Report on the Civil Veterinary Department, Eastern Bengal and Assam - 1907-1911
Year: 1907
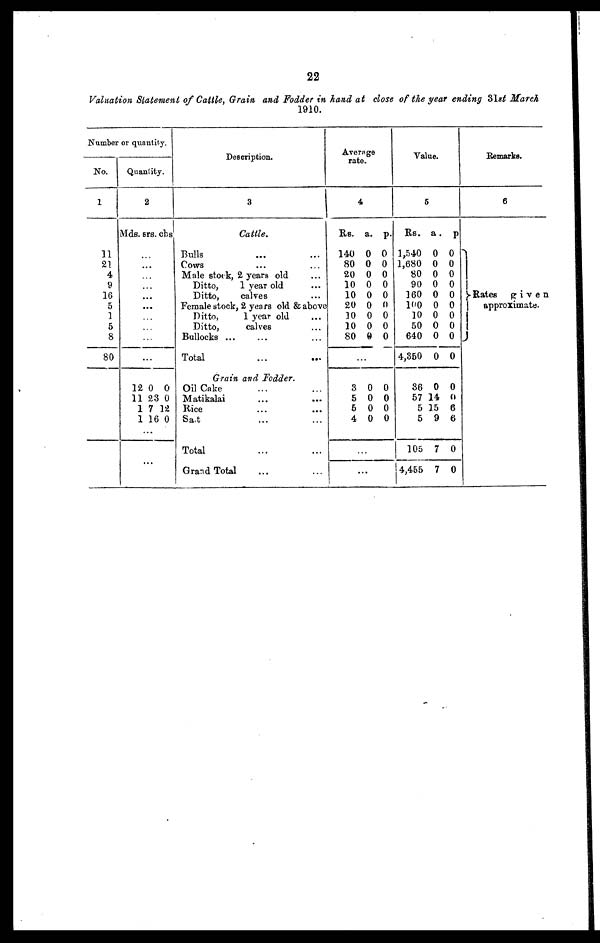
Valuation Statement of Cattle, Grain and Fodder in hand at close of the year ending 31st March
1910.
Number or quantity.
No.
1
11
21
4
9
16
5
1
5
8
80
Quantity.
2
Mds. srs. cbs
…
…
…
…
…
…
…
…
…
...
12 0 0
11 23 0
1 7 12
1 16 0
…
Description.
3
Cattle.
Bulls … …
Cows … …
Male stock, 2 years old …
Ditto,
1 year old …
Ditto,
calves …
Female stock, 2 years old & above
Ditto,
1 year old …
Ditto,
calves …
Bullocks ... … …
Total
...
...
Grain and Fodder.
Oil Cake … …
Matikalai … …
Rice … …
Salt … …
Total … …
Grand Total … …
Average
rate.
4
Rs. a. p.
140 0 0
80 0 0
20 0 0
10 0 0
10 0 0
20 0 0
10 0 0
10 0 0
80 0 0
…
3 0 0
5 0 0
6 0 0
4 0 0
…
...
Value.
5
Rs. a. p
1,540 0 0
1,680 0 0
80 0 0
90 0 0
160 0 0
100 0 0
10 0 0
50 0 0
640 0 0
4,350 0 0
86 0 0
57 14 0
5 15 6
5 9 6
105 7 0
4,455 7 0
Remarks.
6
Rates
given
approximate.